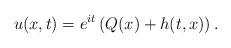
LaTeX: \begin{align*}u(x,t)= e^{it} \left(Q(x)+ h(t,x) \right).\end{align*}